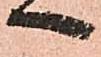
へ